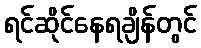
ရင်ဆိုင်နေရချိန်တွင်